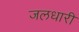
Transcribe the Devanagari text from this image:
जलधारी